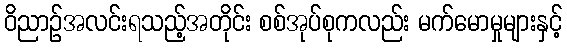
ဝိညာဉ်အလင်းရသည့်အတိုင်း စစ်အုပ်စုကလည်း မက်မောမှုများနှင့်